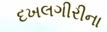
દખલગીરીના